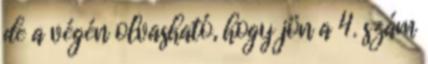
de a végén olvasható, hogy jön a 4. szám